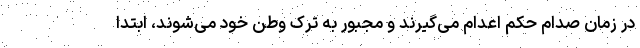
در زمان صدام حکم اعدام می‌گیرند و مجبور به ترک وطن خود می‌شوند، ابتدا